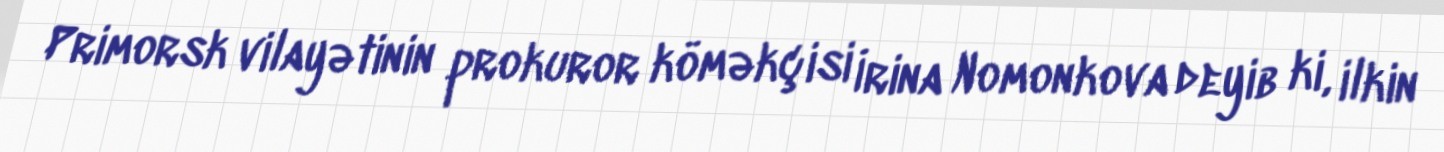
Primorsk vilayətinin prokuror köməkçisi İrina Nomonkova deyib ki, ilkin